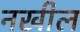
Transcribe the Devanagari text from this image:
नखील